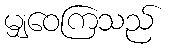
မျှဝေကြသည်